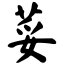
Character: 荽